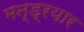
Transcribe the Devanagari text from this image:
मन्ड्रयार